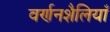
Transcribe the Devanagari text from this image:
वर्णनशैलियाँ